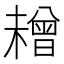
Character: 𱤜